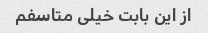
از این بابت خیلی متاسفم